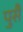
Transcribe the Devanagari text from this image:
पुसै